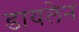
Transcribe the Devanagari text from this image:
डायलेन